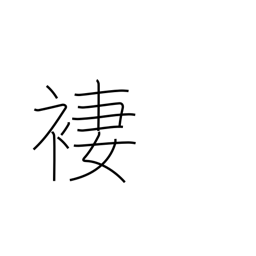
Meaning: skirt